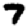
Digit: 7